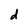
Character: d